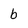
Character: b